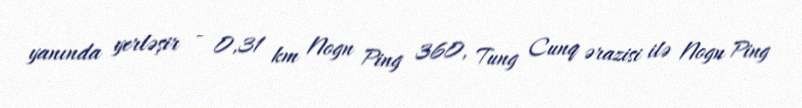
yanında yerləşir - 0,31 km Nogn Ping 360, Tung Cunq ərazisi ilə Nogn Ping